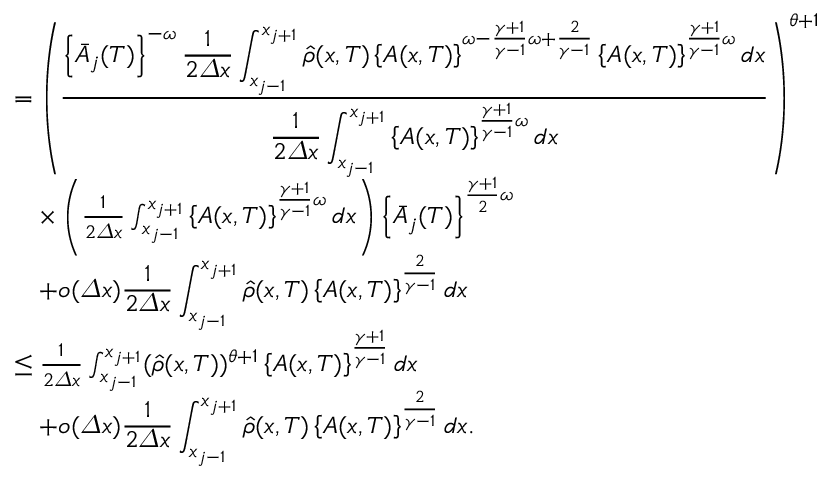
\begin{array} { r l } & { = \left( \frac { \displaystyle { \left\{ \bar { A } _ { j } ( T ) \right\} ^ { - \omega } \frac 1 { 2 { \varDelta } x } \int _ { x _ { j - 1 } } ^ { x _ { j + 1 } } \hat { \rho } ( x , T ) \left\{ A ( x , T ) \right\} ^ { \omega - \frac { \gamma + 1 } { \gamma - 1 } \omega + \frac { 2 } { \gamma - 1 } } \left\{ A ( x , T ) \right\} ^ { \frac { \gamma + 1 } { \gamma - 1 } \omega } d x } } { \displaystyle { \frac 1 { 2 { \varDelta } x } \int _ { x _ { j - 1 } } ^ { x _ { j + 1 } } \left\{ A ( x , T ) \right\} ^ { \frac { \gamma + 1 } { \gamma - 1 } \omega } d x } } \right) ^ { \theta + 1 } } \\ & { \quad \times \left( \frac 1 { 2 { \varDelta } x } \int _ { x _ { j - 1 } } ^ { x _ { j + 1 } } \left\{ A ( x , T ) \right\} ^ { \frac { \gamma + 1 } { \gamma - 1 } \omega } d x \right) \left\{ \bar { A } _ { j } ( T ) \right\} ^ { \frac { \gamma + 1 } { 2 } \omega } } \\ & { \quad + o ( { \varDelta } x ) { \displaystyle { \frac 1 { 2 { \varDelta } x } \int _ { x _ { j - 1 } } ^ { x _ { j + 1 } } \hat { \rho } ( x , T ) \left\{ A ( x , T ) \right\} ^ { \frac { 2 } { \gamma - 1 } } d x } } } \\ & { \leq \frac 1 { 2 { \varDelta } x } \int _ { x _ { j - 1 } } ^ { x _ { j + 1 } } ( \hat { \rho } ( x , T ) ) ^ { \theta + 1 } \left\{ A ( x , T ) \right\} ^ { \frac { \gamma + 1 } { \gamma - 1 } } d x } \\ & { \quad + o ( { \varDelta } x ) { \displaystyle { \frac 1 { 2 { \varDelta } x } \int _ { x _ { j - 1 } } ^ { x _ { j + 1 } } \hat { \rho } ( x , T ) \left\{ A ( x , T ) \right\} ^ { \frac { 2 } { \gamma - 1 } } d x } } . } \end{array}